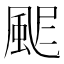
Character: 𩖾